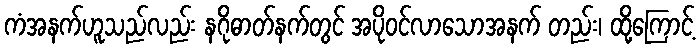
ကံအနက်ဟူသည်လည်း နဂိုဓာတ်နက်တွင် အပိုဝင်လာသောအနက် တည်း၊ ထို့ကြောင့်